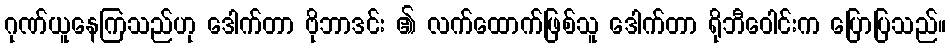
ဂုဏ်ယူနေကြသည်ဟု ဒေါက်တာ ဗိုဘာဒင်း ၏ လက်ထောက်ဖြစ်သူ ဒေါက်တာ ရိုဘီဝေါင်းက ပြောပြသည်။